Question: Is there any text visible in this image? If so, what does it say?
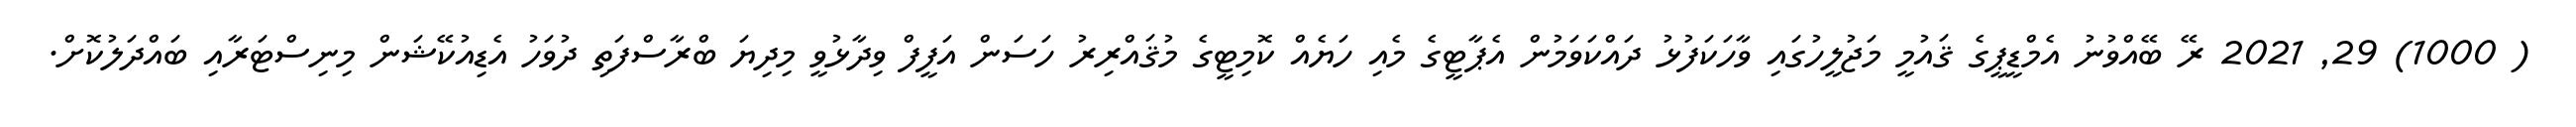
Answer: ( 1000) 29, 2021 ރޭ ބޭއްވުނު އެމްޑީޕީގެ ޤައުމީ މަޖުލީހުގައި ވާހަކަފުޅު ދައްކަވަމުން އެޕާޓީގެ މެއި ހަޔެއް ކޮމިޓީގެ މުޤައްރިރު ހަސަން އަފީފް ވިދާޅުވީ މިދިޔަ ބްރާސްފަތި ދުވަހު އެޑިއުކޭޝަން މިނިސްޓަރާއި ބައްދަލުކޮށް.